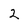
Character: 2